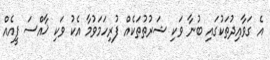
އެ ގަވާއިދުތަކުގައި ބުނާ ވަކި ޝަރުތުތަކެއް ފުރިހަމަވުމާ އެކު ވަކި ޚާއްސަ ފީއެއް